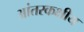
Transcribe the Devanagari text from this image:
आंतरकक्षीय